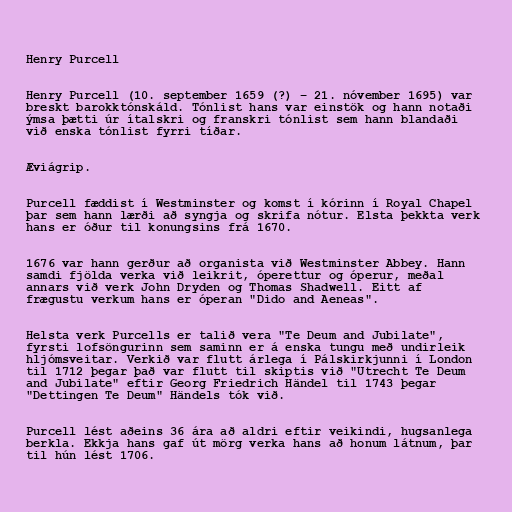
Henry Purcell

Henry Purcell (10. september 1659 (?) – 21. nóvember 1695) var
breskt barokktónskáld. Tónlist hans var einstök og hann notaði
ýmsa þætti úr ítalskri og franskri tónlist sem hann blandaði
við enska tónlist fyrri tíðar.

Æviágrip.

Purcell fæddist í Westminster og komst í kórinn í Royal Chapel
þar sem hann lærði að syngja og skrifa nótur. Elsta þekkta verk
hans er óður til konungsins frá 1670.

1676 var hann gerður að organista við Westminster Abbey. Hann
samdi fjölda verka við leikrit, óperettur og óperur, meðal
annars við verk John Dryden og Thomas Shadwell. Eitt af
frægustu verkum hans er óperan "Dido and Aeneas".

Helsta verk Purcells er talið vera "Te Deum and Jubilate",
fyrsti lofsöngurinn sem saminn er á enska tungu með undirleik
hljómsveitar. Verkið var flutt árlega í Pálskirkjunni í London
til 1712 þegar það var flutt til skiptis við "Utrecht Te Deum
and Jubilate" eftir Georg Friedrich Händel til 1743 þegar
"Dettingen Te Deum" Händels tók við.

Purcell lést aðeins 36 ára að aldri eftir veikindi, hugsanlega
berkla. Ekkja hans gaf út mörg verka hans að honum látnum, þar
til hún lést 1706.